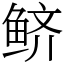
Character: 鲚